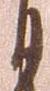
月